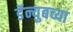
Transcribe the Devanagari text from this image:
डॅन्युबच्या